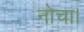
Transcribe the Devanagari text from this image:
नोचा।